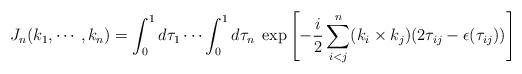
LaTeX: \begin{align*}J_n (k_1, \cdots, k_n) = \int_{0}^{1} d \tau_1 \cdots \int_{0}^{1} d \tau_n \; \exp \left[ - \frac{i}{2} \sum_{i<j}^n(k_i \times k_j) (2 \tau_{ij} - \epsilon (\tau_{ij})) \right]\end{align*}